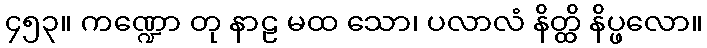
၄၅၃။ ကဏ္ဍော တု နာဠ မထ သော၊ ပလာလံ နိတ္ထိ နိပ္ဖလော။